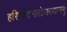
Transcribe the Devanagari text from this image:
हरिश्चंद्रनलोपाख्यानमु